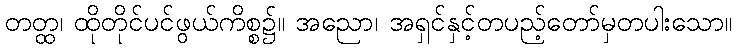
တတ္ထ၊ ထိုတိုင်ပင်ဖွယ်ကိစ္စ၌။ အညော၊ အရှင်နှင့်တပည့်တော်မှတပါးသော။